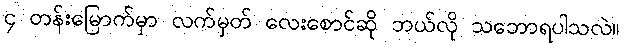
၄ တန်းမြောက်မှာ လက်မှတ် လေးစောင်ဆို ဘယ်လို သဘောရပါသလဲ။